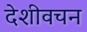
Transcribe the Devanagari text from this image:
देशीवचन